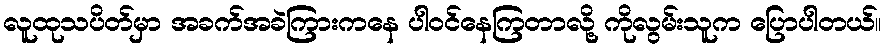
လူထုသပိတ်မှာ အခက်အခဲကြားကနေ ပါဝင်နေကြတာလို့ ကိုလွမ်းသူက ပြောပါတယ်။